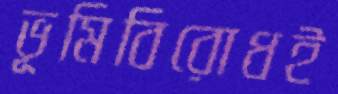
ভূমিবিরোধই